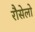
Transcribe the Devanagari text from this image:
रौसेलो